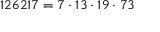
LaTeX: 1 2 6 2 1 7 = 7 \cdot 1 3 \cdot 1 9 \cdot 7 3